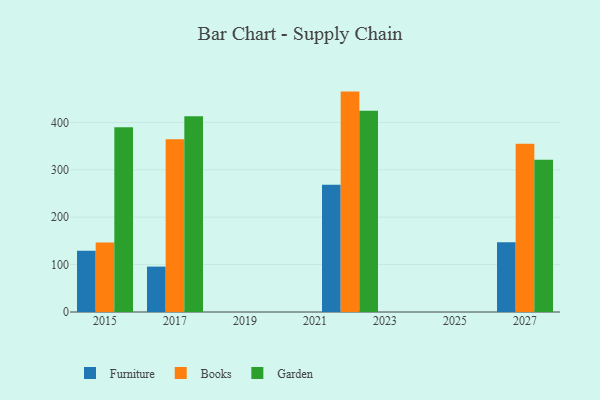
{"axis": {"x": "Year", "y": "Temperature (°C)"}, "legend": ["Books", "Furniture", "Garden"], "data": [{"x": "2022", "y": 268.5, "type": "Furniture"}, {"x": "2022", "y": 465.0, "type": "Books"}, {"x": "2022", "y": 424.8, "type": "Garden"}, {"x": "2015", "y": 129.2, "type": "Furniture"}, {"x": "2015", "y": 146.4, "type": "Books"}, {"x": "2015", "y": 389.8, "type": "Garden"}, {"x": "2027", "y": 147.2, "type": "Furniture"}, {"x": "2027", "y": 355.2, "type": "Books"}, {"x": "2027", "y": 321.3, "type": "Garden"}, {"x": "2017", "y": 95.8, "type": "Furniture"}, {"x": "2017", "y": 364.5, "type": "Books"}, {"x": "2017", "y": 413.1, "type": "Garden"}]}